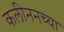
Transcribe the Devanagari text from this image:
कलीननच्या